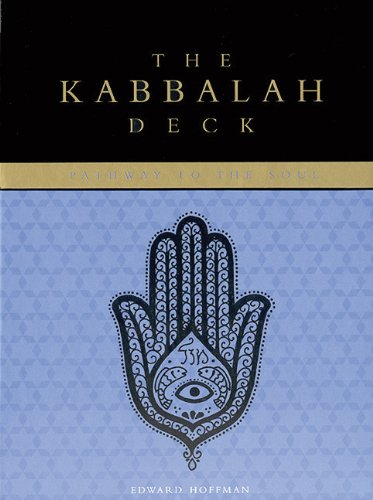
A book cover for The Kabbalah Deck; Edward Hoffman; Religion & Spirituality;